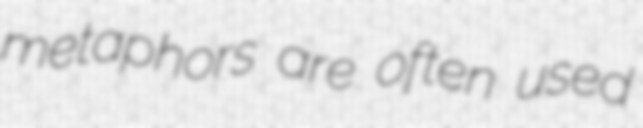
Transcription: metaphors are often used